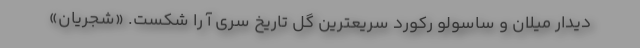
دیدار میلان و ساسولو رکورد سریعترین گل تاریخ سری آ را شکست. «شجریان»